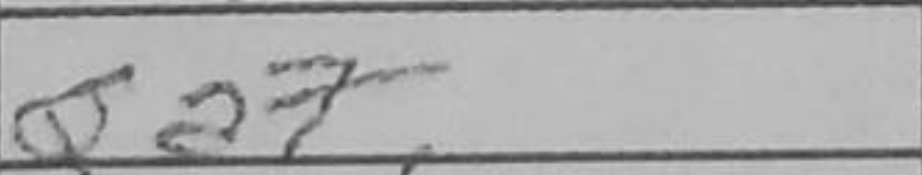
Transcription: Qa7